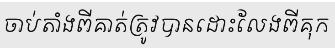
ចាប់តាំងពីគាត់ត្រូវបានដោះលែងពីគុក